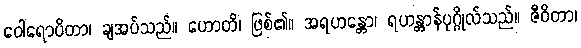
ဝေါရောပိတာ၊ ချအပ်သည်။ ဟောတိ၊ ဖြစ်၏။ အရဟန္တော၊ ရဟန္တာန်ပုဂ္ဂိုလ်သည်။ ဇီဝိတာ၊